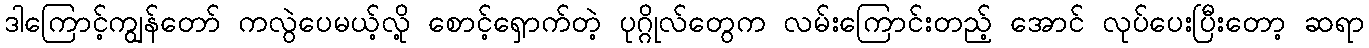
ဒါကြောင့်ကျွန်တော် ကလွဲပေမယ့်လို့ စောင့်ရှောက်တဲ့ ပုဂ္ဂိုလ်တွေက လမ်းကြောင်းတည့် အောင် လုပ်ပေးပြီးတော့ ဆရာ